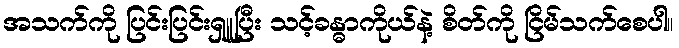
အသက်ကို ပြင်းပြင်းရှူပြီး သင့်ခန္ဓာကိုယ်နဲ့ စိတ်ကို ငြိမ်သက်စေပါ။